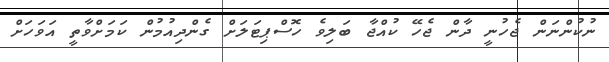
ނުކުންނަން ޖެހުނީ ދާން ޖެހޭ ކުއްޖާ ބަލިވެ ހޮސްޕިޓަލަށް ގެންދިއުމުން ކަމަށްވާތީ އަވަހަށް